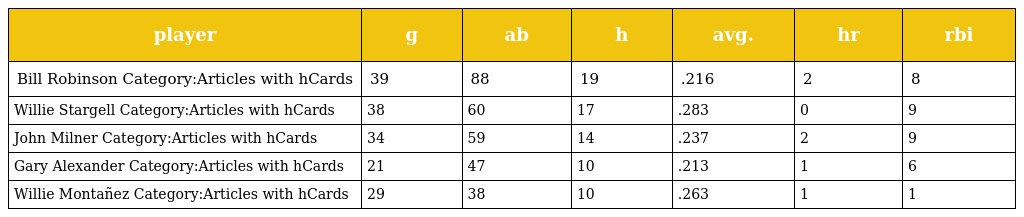
| player | g | ab | h | avg. | hr | rbi |
 | --- | --- | --- | --- | --- | --- | --- |
 | Bill Robinson Category:Articles with hCards | 39 | 88 | 19 | .216 | 2 | 8 |
 | Willie Stargell Category:Articles with hCards | 38 | 60 | 17 | .283 | 0 | 9 |
 | John Milner Category:Articles with hCards | 34 | 59 | 14 | .237 | 2 | 9 |
 | Gary Alexander Category:Articles with hCards | 21 | 47 | 10 | .213 | 1 | 6 |
 | Willie Montañez Category:Articles with hCards | 29 | 38 | 10 | .263 | 1 | 1 |